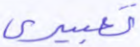
تعبيري